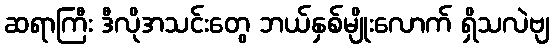
ဆရာကြီး ဒီလိုအသင်းတွေ ဘယ်နှစ်မျိုးလောက် ရှိသလဲဗျ